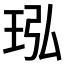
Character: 𬍝